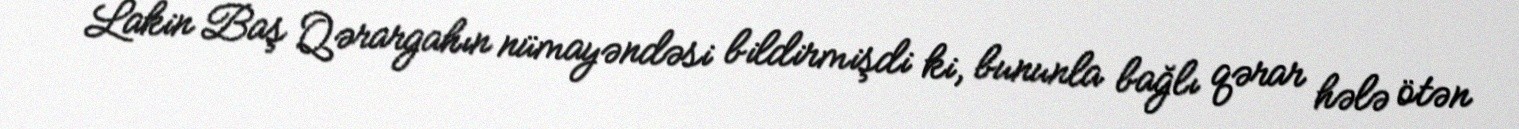
Lakin Baş Qərargahın nümayəndəsi bildirmişdi ki, bununla bağlı qərar hələ ötən